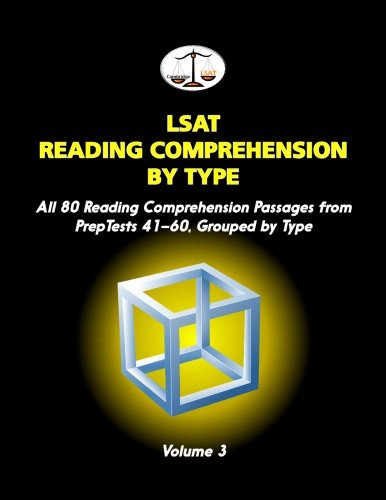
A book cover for LSAT Reading Comprehension by Type, Volume 3: All 80 Reading Comprehension Passages from PrepTests 41-60, Grouped by Type (Cambridge LSAT); Morley Tatro; Test Preparation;